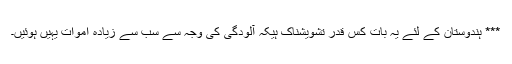
*** ہندوستان کے لئے یہ بات کس قدر تشویشناک ہیکہ آلودگی کی وجہ سے سب سے زیادہ اموات یہیں ہوئیں۔